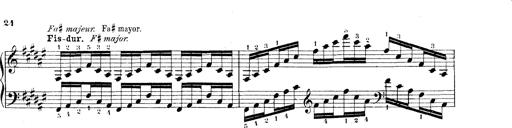
Title: Technische Studien
Composer: Franz Liszt